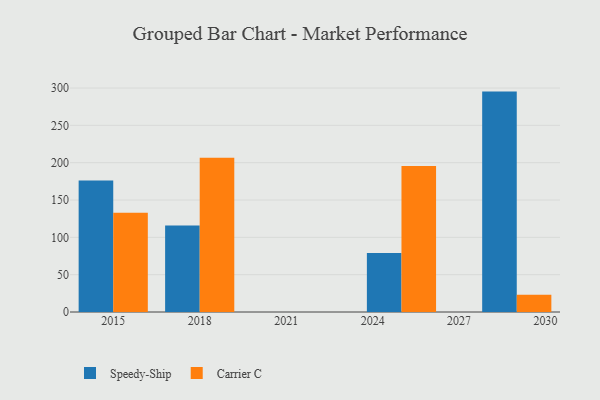
{"axis": {"x": "Year", "y": "Net Income (USD K)"}, "legend": ["Carrier C", "Speedy-Ship"], "data": [{"x": "2018", "y": 115.7, "type": "Speedy-Ship"}, {"x": "2018", "y": 206.7, "type": "Carrier C"}, {"x": "2029", "y": 295.2, "type": "Speedy-Ship"}, {"x": "2029", "y": 23.0, "type": "Carrier C"}, {"x": "2015", "y": 176.0, "type": "Speedy-Ship"}, {"x": "2015", "y": 132.8, "type": "Carrier C"}, {"x": "2025", "y": 79.0, "type": "Speedy-Ship"}, {"x": "2025", "y": 195.5, "type": "Carrier C"}]}